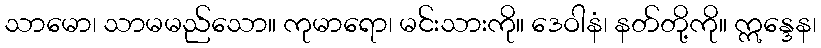
သာမော၊ သာမမည်သော။ ကုမာရော၊ မင်းသားကို။ ဒေဝါနံ၊ နတ်တို့ကို။ ဣန္ဒေန၊